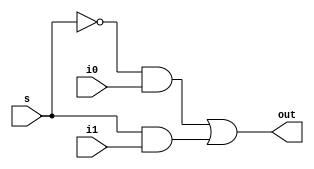
module mux_2x1(i0, i1, s, out);
	input i0, i1, s;
	output out;
	
	wire w1, w2, w3;
	
	not not_s(w1, s);
	and and1(w2, w1, i0);
	and and2(w3, s, i1);
	or out_gate(out, w2, w3);
endmodule